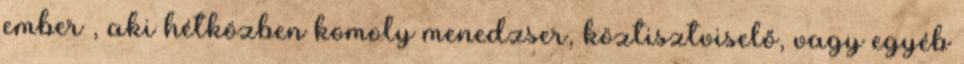
ember , aki hétközben komoly menedzser, köztisztviselő, vagy egyéb